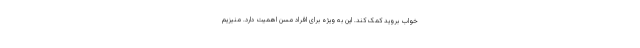
خواب بروید کمک کند. این به ویژه برای افراد مسن اهمیت دارد. منیزیم